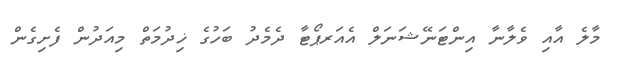
މާލެ އާއި ވެލާނާ އިންޓަނޭޝަނަލް އެއަރޕޯޓާ ދެމެދު ބަހުގެ ޚިދުމަތް މިއަދުން ފެށިގެން